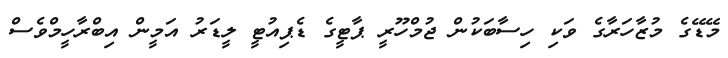
މޭޑޭގެ މުޒާހަރާގެ ވަކި ހިސާބަކުން ޖުމްހޫރީ ޕާޓީގެ ޑެޕިއުޓީ ލީޑަރު އަމީން އިބްރާހީމްވެސް